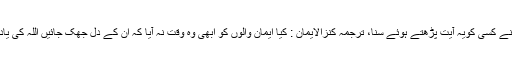
ایک دن آپ نے کسی کویہ آیت پڑھتے ہوئے سنا، ترجمہ کنزالایمان : کیا ایمان والوں کو ابھی وہ وقت نہ آیا کہ ان کے دل جھک جائیں اللہ کی یاد (کے لئے)۔